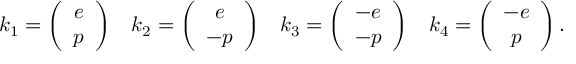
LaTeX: k _ { 1 } = \left( \begin{array} { c } { { e } } \\ { { p } } \end{array} \right) \; \; \; k _ { 2 } = \left( \begin{array} { c } { { e } } \\ { { - p } } \end{array} \right) \; \; \; k _ { 3 } = \left( \begin{array} { c } { { - e } } \\ { { - p } } \end{array} \right) \; \; \; k _ { 4 } = \left( \begin{array} { c } { { - e } } \\ { { p } } \end{array} \right) .